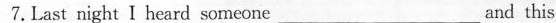
7.Last night I heard someone ___ and this